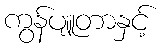
ကွန်ပျူတာနှင့်